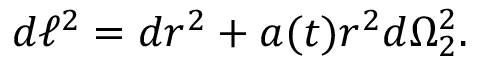
d \ell ^ { 2 } = d r ^ { 2 } + a ( t ) r ^ { 2 } d \Omega _ { 2 } ^ { 2 } .